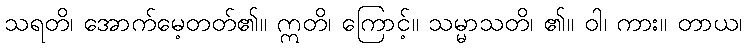
သရတိ၊ အောက်မေ့တတ်၏။ ဣတိ၊ ကြောင့်။ သမ္မာသတိ၊ ၏။ ဝါ၊ ကား။ တာယ၊